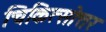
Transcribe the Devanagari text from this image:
चिकित्सोत्तर